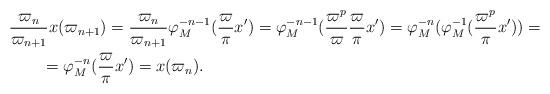
LaTeX: \begin{align*}&\frac{\varpi_n}{\varpi_{n+1}} x(\varpi_{n+1}) = \frac{\varpi_n}{\varpi_{n+1}} \varphi_M^{-n-1}(\frac\varpi\pi x') = \varphi_M^{-n-1}(\frac{\varpi^p}{\varpi} \frac\varpi\pi x') = \varphi_M^{-n}(\varphi_M^{-1}(\frac{\varpi^p}\pi x')) =\\&\qquad= \varphi_M^{-n}(\frac\varpi\pi x') = x(\varpi_n).\end{align*}